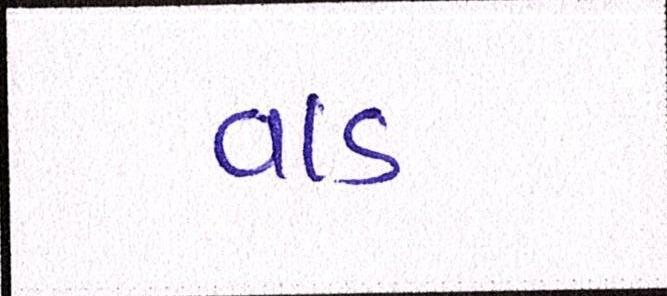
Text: વાડ